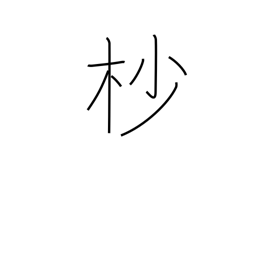
Meaning: treetop